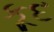
કૂદ